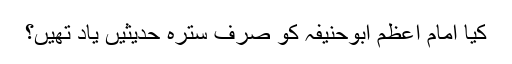
کیا امام اعظم ابوحنیفہ کو صرف سترہ حدیثیں یاد تھیں؟